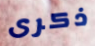
ذكرى